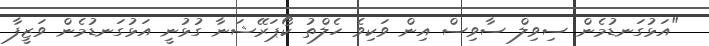
"އަޅުގަނޑުމެން ސިވިލް ސާވިސް އިން ވަކިވެ ހެލްތު ކޯޕަރޭޝަނާ ގުޅުނީ އަޅުގަނޑުމެން ވަޒީފާ